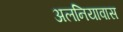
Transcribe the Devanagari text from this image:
अलनियावास